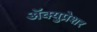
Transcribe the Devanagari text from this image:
अॅक्युप्रेशर